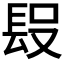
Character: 𨱮